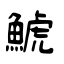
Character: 鯱